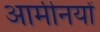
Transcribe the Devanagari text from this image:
आर्मीनयों